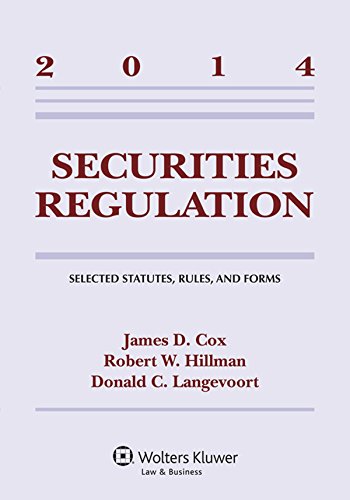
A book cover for Securities Regulation: Selected Statutes Rules and Forms Supplement; James D. Cox; Law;